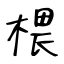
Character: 椳